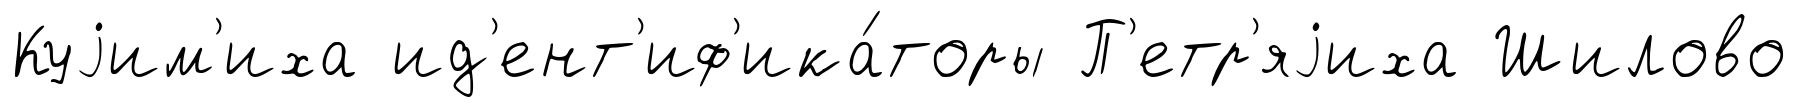
Куjим'иха ид'ент'иф'ика́торы П'етр'яjиха Шилово